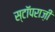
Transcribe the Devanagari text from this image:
स्टॉपराज़ी